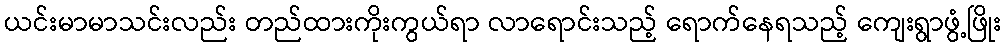
ယင်းမာမာသင်းလည်း တည်ထားကိုးကွယ်ရာ လာရောင်းသည့် ရောက်နေရသည့် ကျေးရွာဖွံ့ဖြိုး